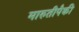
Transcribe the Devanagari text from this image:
मारुतीपैकी